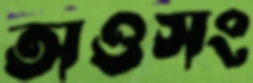
অওসং